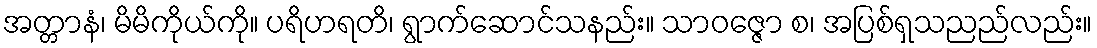
အတ္တာနံ၊ မိမိကိုယ်ကို။ ပရိဟရတိ၊ ရွာက်ဆောင်သနည်း။ သာဝဇ္ဇော စ၊ အပြစ်ရှသညည်လည်း။